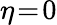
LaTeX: \eta\! =\! 0